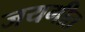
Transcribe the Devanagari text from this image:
जयगीत